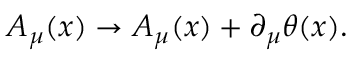
A _ { \mu } ( x ) \rightarrow A _ { \mu } ( x ) + \partial _ { \mu } \theta ( x ) .